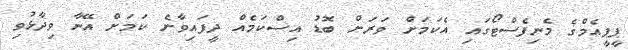
ޕީޕީއެމްގެ މެނިފެސްޓޯގައި އެކަމަށް ވަރަށް ބޮޑު އިސްކަމެއް ދީފައިވާނެ ކަމަށް އޭނާ ވިދާޅުވި